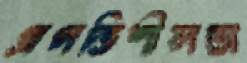
প্রগতিশীলতা